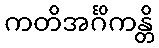
ကတိအင်္ဂိကန္တိ